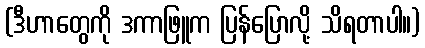
(ဒီဟာတွေကို ဒကာဖြူက ပြန်ပြောလို့ သိရတာပါ။)